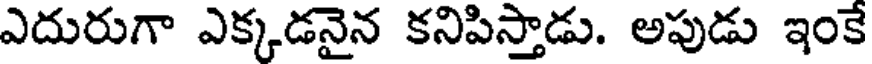
ఎదురుగా ఎక్కడనైన కనిపిస్తాడు. అపుడు ఇంకే